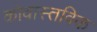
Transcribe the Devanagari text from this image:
कोवास्तविक